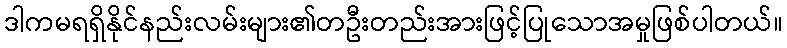
ဒါကမရရှိနိုင်နည်းလမ်းများ၏တဦးတည်းအားဖြင့်ပြုသောအမှုဖြစ်ပါတယ်။